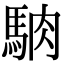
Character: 𩣀